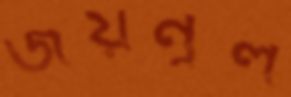
জয়নূল